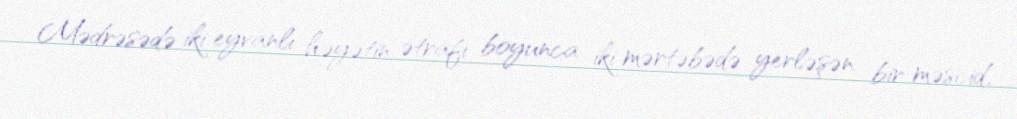
Mədrəsədə iki eyvanlı həyətin ətrafı boyunca iki mərtəbədə yerləşən bir məscid,